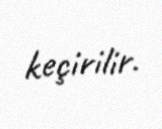
keçirilir.